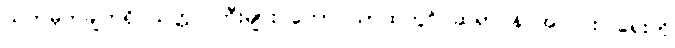
သတ်မှတ်ချက်ရှိ သတ္တဝါကြီးများ တောင်ယာထဲတွင် ဆရာဝန် အလင်းပြရေးကို